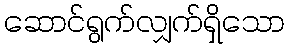
ဆောင်ရွက်လျှက်ရှိသော